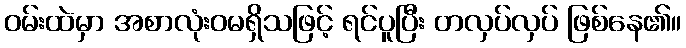
ဝမ်းထဲမှာ အစာလုံးဝမရှိသဖြင့် ရင်ပူပြီး တလှပ်လှပ် ဖြစ်နေ၏။